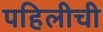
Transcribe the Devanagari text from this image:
पहिलीची